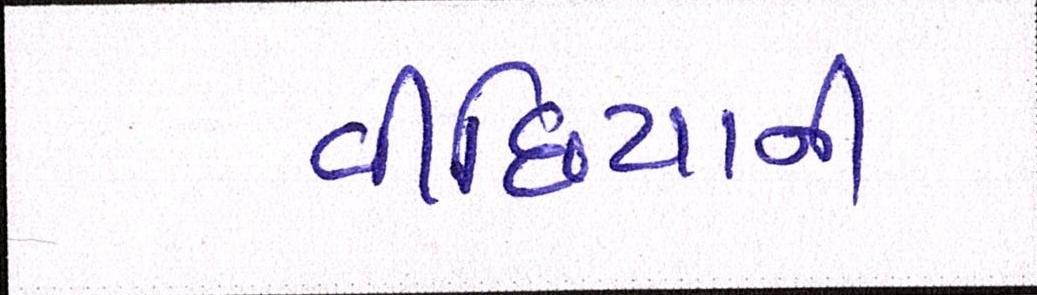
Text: વીંછિયાની